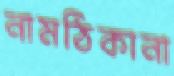
নামঠিকানা